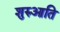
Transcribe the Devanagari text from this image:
शुरुआति